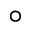
^ \circ